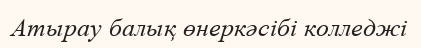
Атырау балық өнеркәсібі колледжі